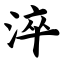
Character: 淬